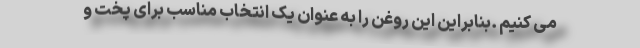
می کنیم .بنابراین این روغن را به عنوان یک انتخاب مناسب برای پخت و